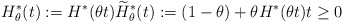
\begin{align*}H_{\theta}^{\ast}(t):=H^{\ast}(\theta t)\widetilde{H}_{\theta}^{\ast}(t):=(1-\theta)+\theta H^{\ast}(\theta t)t\geq0\end{align*}